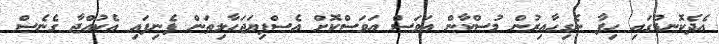
އެދެކޮނޑުގައި ހިފާ ނެގިހާއިރުން މުސްކާން އަވަސް އަވަސްކޮށް އެސްފިޔަޖަހާލިތަން ފެނިފައި އެކުއްޖާ ގެނެސް